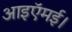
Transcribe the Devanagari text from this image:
आइऍमई।